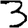
Digit: 3